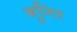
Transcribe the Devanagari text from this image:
मुनिर